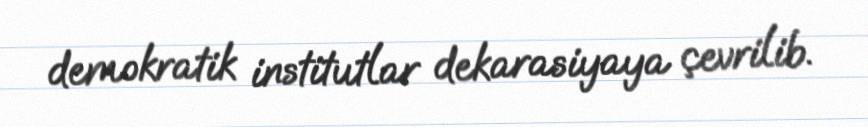
demokratik institutlar dekarasiyaya çevrilib.